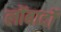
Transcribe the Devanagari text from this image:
लोंबार्दो